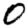
Digit: 0